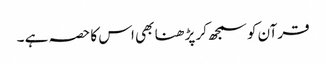
قرآن کو سمجھ کر پڑ ھنا بھی اس کا حصہ ہے ۔